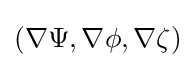
(\nabla \Psi ,\nabla \phi ,\nabla \zeta )